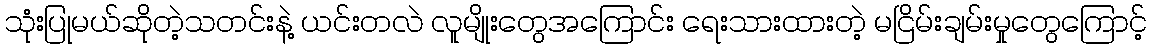
သုံးပြုမယ်ဆိုတဲ့သတင်းနဲ့ ယင်းတလဲ လူမျိုးတွေအကြောင်း ရေးသားထားတဲ့ မငြိမ်းချမ်းမှုတွေကြောင့်